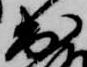
出